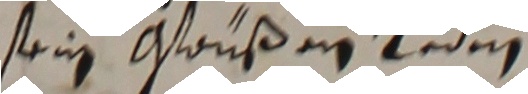
sein ostaußen teden